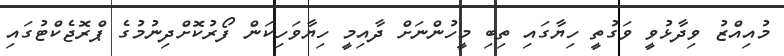
މުއިއްޒު ވިދާޅުވީ ވަގުތީ ހިޔާގައި ތިބި މީހުންނަށް ދާއިމީ ހިޔާވަހިކަން ފޯރުކޮށްދިނުމުގެ ޕްރޮޖެކްޓުގައި